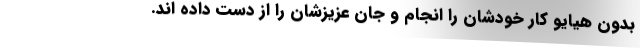
بدون هیایو کار خودشان را انجام و جان عزیزشان را از دست داده اند.